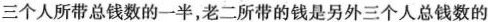
三个人所带总钱数的一半，老二所带的钱是另外三个人总钱数的